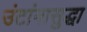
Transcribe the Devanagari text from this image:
उंटांनासुद्धा